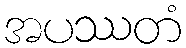
အပဿတံ